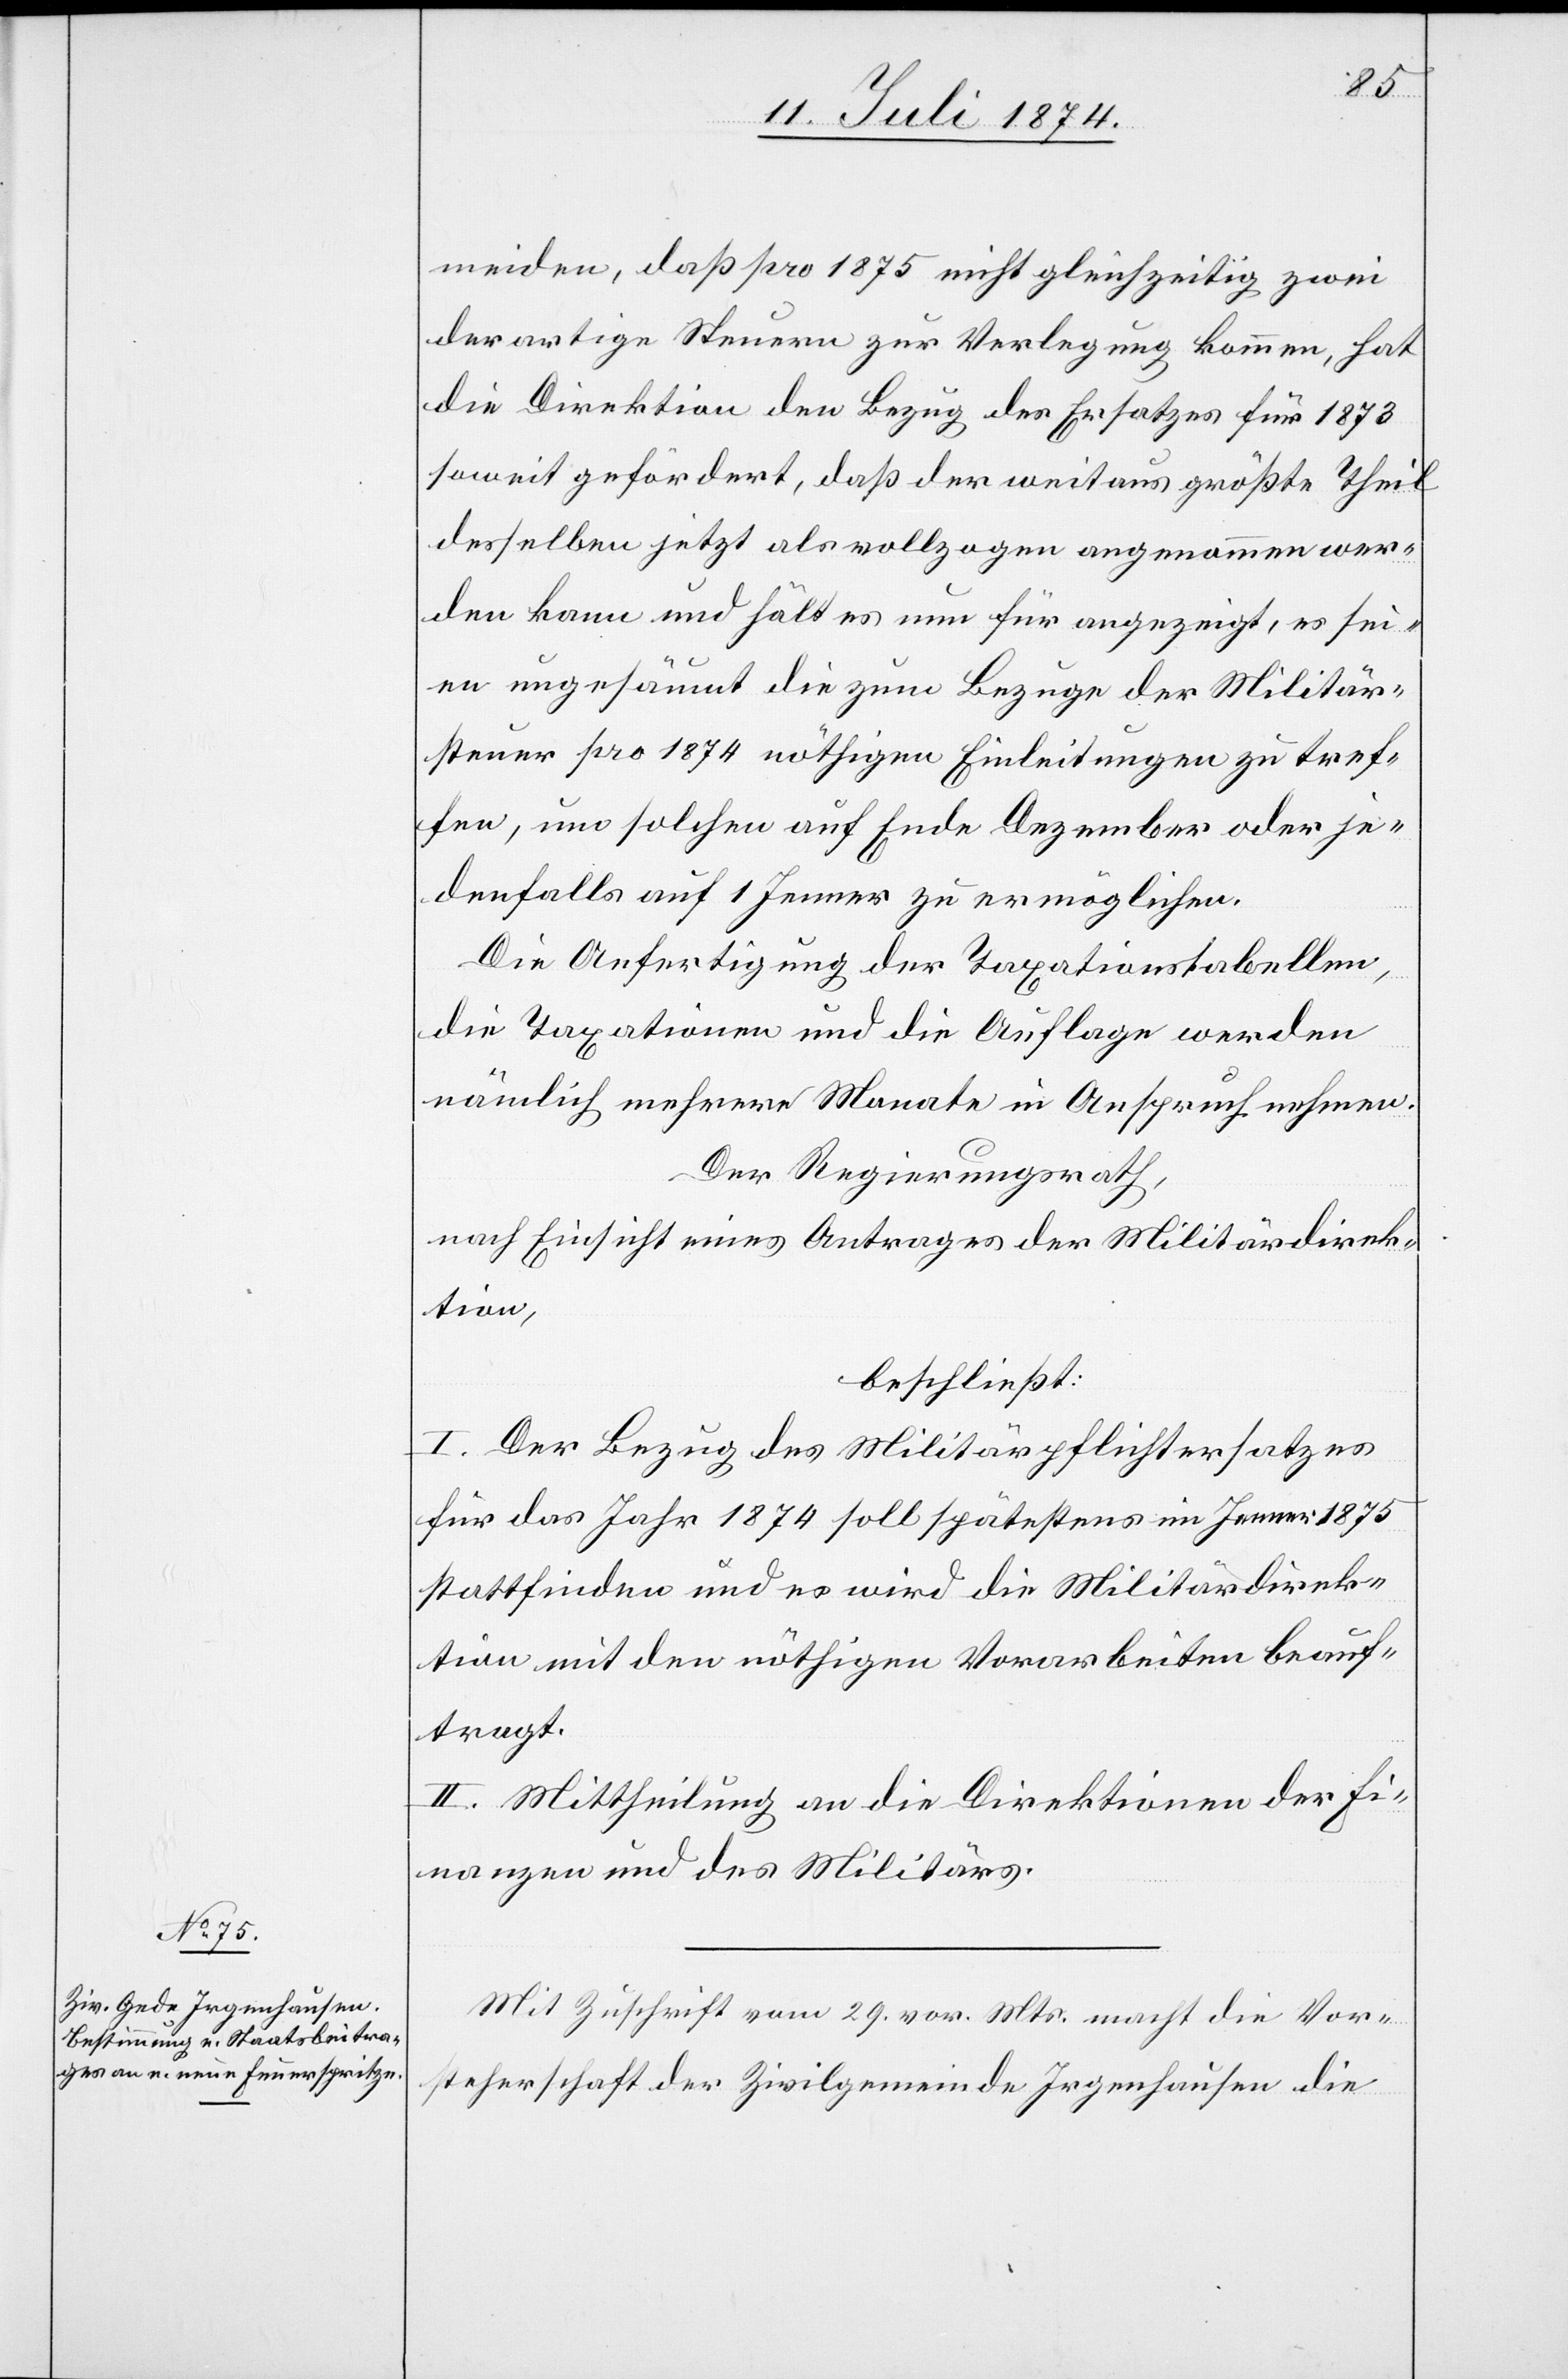
meiden, daß pro 1875 nicht gleichzeitig zwei
derartige Steuern zur Verlegung kommen, hat
die Direktion den Bezug des Ersatzes für 1873
soweit gefördert, daß der weitaus größte Theil
desselben jetzt als vollzogen angenommen wer¬
den kann und hält es nun für angezeigt, es sei¬
en ungesäumt die zum Bezug der Militär¬
steuer pro 1874 nöthigen Einleitungen zu tref¬
fen, um solchen auf Ende Dezember oder je¬
denfalls auf 1 Jenner zu ermöglichen.
Die Anfertigung der Taxationstabellen,
die Taxationen und die Auflage werden
nämlich mehrere Monate in Anspruch nehmen.
Der Regierungsrath,
nach Einsicht eines Antrages der Militärdirek¬
tion,
beschließt:
I. Der Bezug des Militärpflichtersatzes
für das Jahr 1874 soll spätestes im Jenner 1875
stattfinden und es wird die Militärdirek¬
tion mit den nöthigen Vorarbeiten beauf¬
tragt.
II. Mittheilung an die Direktionen der Fi¬
nanzen und des Militärs.
Mit Zuschrift vom 29. vor. Mts. macht die Vor¬
steherschaft der Zivilgemeinde Irgenhausen die